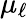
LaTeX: \mu_{\ell}